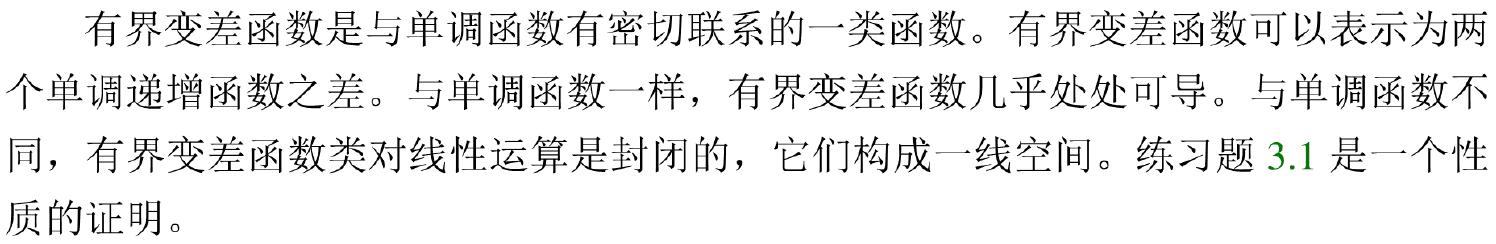
有界变差函数是与单调函数有密切联系的一类函数。有界变差函数可以表示为两个单调递增函数之差。与单调函数一样，有界变差函数几乎处处可导。与单调函数不同，有界变差函数类对线性运算是封闭的，它们构成一线空间。练习题 3.1 是一个性质的证明。